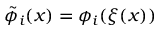
\tilde { \phi } _ { i } ( x ) = \phi _ { i } ( \xi ( x ) )